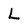
Character: L